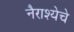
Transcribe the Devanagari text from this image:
नैराश्येचे